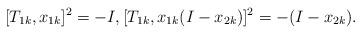
LaTeX: \begin{align*} [T_{1k},x_{1k}]^2=-I, [T_{1k},x_{1k}(I-x_{2k})]^2=-(I-x_{2k}).\end{align*}